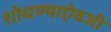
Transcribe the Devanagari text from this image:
शोधण्याऐवजी